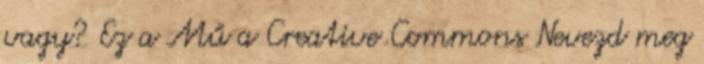
vagy? Ez a Mű a Creative Commons Nevezd meg